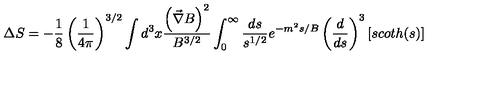
\Delta S = - \frac { 1 } { 8 } \left( { \frac { 1 } { 4 \pi } } \right) ^ { 3 / 2 } \int d ^ { 3 } x { \frac { \left( \vec { \nabla } B \right) ^ { 2 } } { B ^ { 3 / 2 } } } \int _ { 0 } ^ { \infty } { \frac { d s } { s ^ { 1 / 2 } } } e ^ { - m ^ { 2 } s / B } \left( { \frac { d } { d s } } \right) ^ { 3 } \left[ s c o t h ( s ) \right]